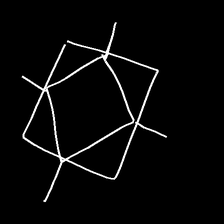
Glyph: light